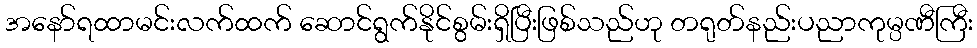
အနော်ရထာမင်းလက်ထက် ဆောင်ရွက်နိုင်စွမ်းရှိပြီးဖြစ်သည်ဟု တရုတ်နည်းပညာကုမ္ပဏီကြီး